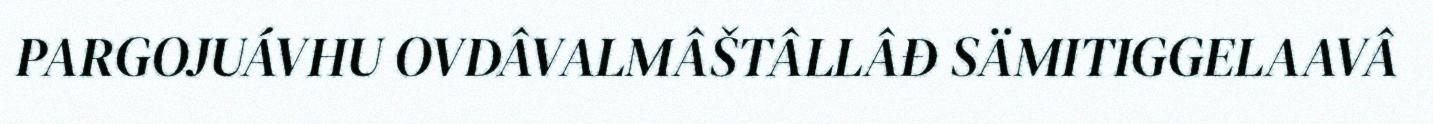
PARGOJUÁVHU OVDÂVALMÂŠTÂLLÂĐ SÄMITIGGELAAVÂ